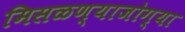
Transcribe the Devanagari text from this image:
मिसळण्याजोग्या